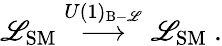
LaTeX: {\cal{\mathscr{L}}}_{\mathrm{{SM}}}\stackrel{U(1)_{\mathrm{{B-\mathscr{L}}}}}{\longrightarrow}{\cal{\mathscr{L}}}_{\mathrm{{SM}}}~.